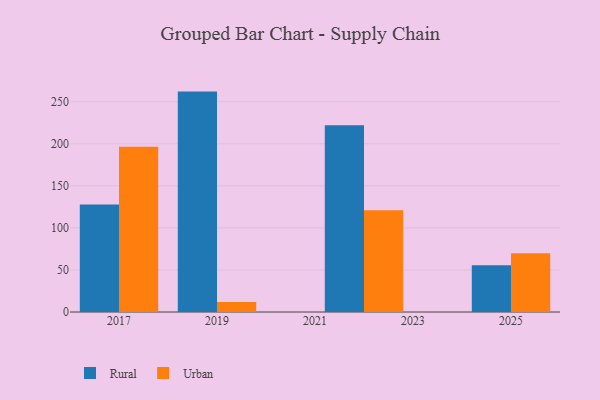
{"axis": {"x": "Year", "y": "Inventory Turnover"}, "legend": ["Rural", "Urban"], "data": [{"x": "2017", "y": 127.7, "type": "Rural"}, {"x": "2017", "y": 196.5, "type": "Urban"}, {"x": "2025", "y": 55.6, "type": "Rural"}, {"x": "2025", "y": 69.8, "type": "Urban"}, {"x": "2019", "y": 262.0, "type": "Rural"}, {"x": "2019", "y": 11.8, "type": "Urban"}, {"x": "2022", "y": 222.0, "type": "Rural"}, {"x": "2022", "y": 120.9, "type": "Urban"}]}